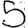
Digit: 5